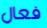
فعال